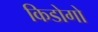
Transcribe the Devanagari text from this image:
किडोगो